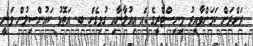
ރަށްރަށް ކަމަށްވާއިރު މިނިސްޓްރީގެ އެ އިއުލާނާއި ގުޅިގެން ބ. އަތޮޅު ކައުންސިލުން ވަނީ